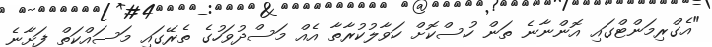
"އެގްރިމަންޓްގައި އޮންނާނެ ތަން ހުސްކޮށް ހަވާލުކުރާތާ އެއް މަސްދުވަހުގެ ތެރޭގައި މަސައްކަތް ފަށާނެ